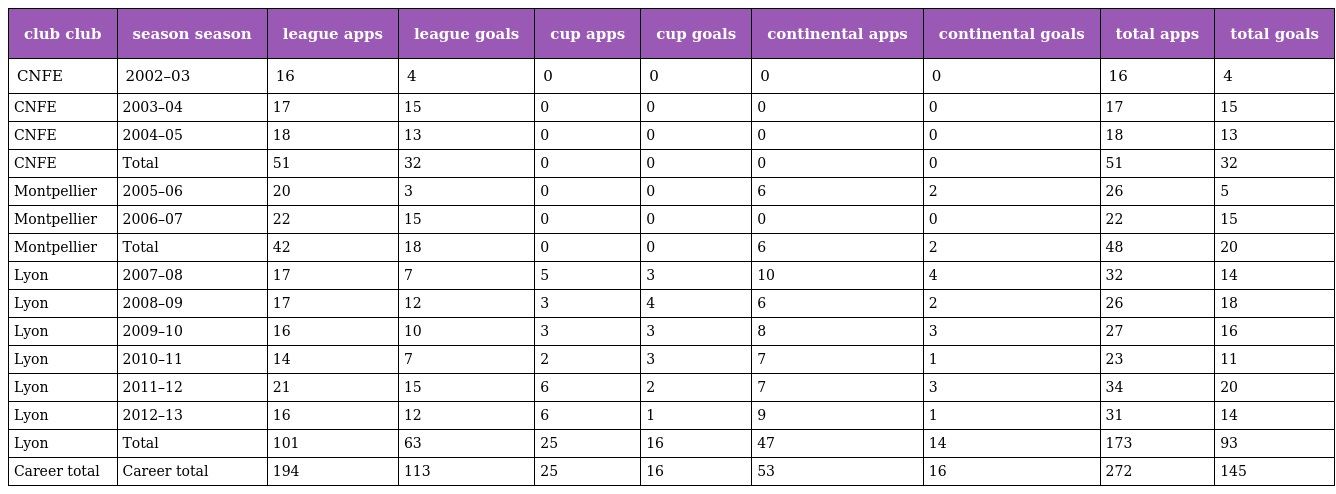
| club club | season season | league apps | league goals | cup apps | cup goals | continental apps | continental goals | total apps | total goals |
 | --- | --- | --- | --- | --- | --- | --- | --- | --- | --- |
 | CNFE | 2002–03 | 16 | 4 | 0 | 0 | 0 | 0 | 16 | 4 |
 | CNFE | 2003–04 | 17 | 15 | 0 | 0 | 0 | 0 | 17 | 15 |
 | CNFE | 2004–05 | 18 | 13 | 0 | 0 | 0 | 0 | 18 | 13 |
 | CNFE | Total | 51 | 32 | 0 | 0 | 0 | 0 | 51 | 32 |
 | Montpellier | 2005–06 | 20 | 3 | 0 | 0 | 6 | 2 | 26 | 5 |
 | Montpellier | 2006–07 | 22 | 15 | 0 | 0 | 0 | 0 | 22 | 15 |
 | Montpellier | Total | 42 | 18 | 0 | 0 | 6 | 2 | 48 | 20 |
 | Lyon | 2007–08 | 17 | 7 | 5 | 3 | 10 | 4 | 32 | 14 |
 | Lyon | 2008–09 | 17 | 12 | 3 | 4 | 6 | 2 | 26 | 18 |
 | Lyon | 2009–10 | 16 | 10 | 3 | 3 | 8 | 3 | 27 | 16 |
 | Lyon | 2010–11 | 14 | 7 | 2 | 3 | 7 | 1 | 23 | 11 |
 | Lyon | 2011–12 | 21 | 15 | 6 | 2 | 7 | 3 | 34 | 20 |
 | Lyon | 2012–13 | 16 | 12 | 6 | 1 | 9 | 1 | 31 | 14 |
 | Lyon | Total | 101 | 63 | 25 | 16 | 47 | 14 | 173 | 93 |
 | Career total | Career total | 194 | 113 | 25 | 16 | 53 | 16 | 272 | 145 |